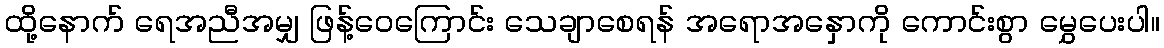
ထို့နောက် ရေအညီအမျှ ဖြန့်ဝေကြောင်း သေချာစေရန် အရောအနှောကို ကောင်းစွာ မွှေပေးပါ။